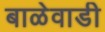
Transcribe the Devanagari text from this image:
बाळेवाडी